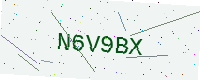
Text: N6V9BX